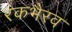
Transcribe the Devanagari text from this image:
रंकभैरव